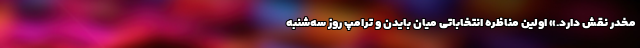
مخدر نقش دارد.» اولین مناظره انتخاباتی میان بایدن و ترامپ روز سه‌شنبه